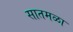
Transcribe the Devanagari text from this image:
सातमळा